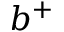
b ^ { + }